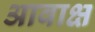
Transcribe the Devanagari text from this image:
आवाक्ष